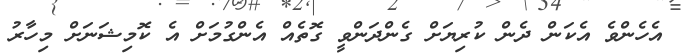
އެހެންވެ އެކަން ދެން ކުރިޔަށް ގެންދަންވީ ގޮތެއް އެންގުމަށް އެ ކޮމިޝަނަށް މިހާރު